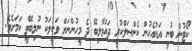
ކޯޓުން ބުނީ އަޑުއެހުން ކެންސަލްކުރީ ދައުވާލިބޭ ދެ މީހުންނަށް ވަކީލަކު ނުލިބޭތީ ކަމަށެވެ.